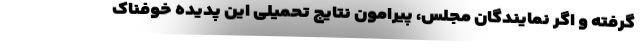
گرفته و اگر نمایندگان مجلس، پیرامون نتایج تحمیلی این پدیده خوفناک